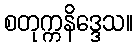
စတုက္ကနိဒ္ဒေသ။